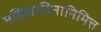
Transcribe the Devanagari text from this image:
महिलादिनानिमित्त